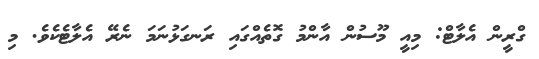
ގްރީން އެލާޓް: މިއީ މޫސުން އާންމު ގޮތެއްގައި ރަނގަޅުނަމަ ނެރޭ އެލާޓެކެވެ. މި